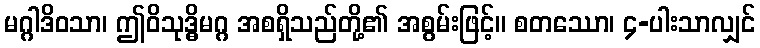
မဂ္ဂါဒိဝသာ၊ ဤဝိသုဒ္ဓိမဂ္ဂ အစရှိသည်တို့၏ အစွမ်းဖြင့်။ စတဿော၊ ၄-ပါးသာလျှင်